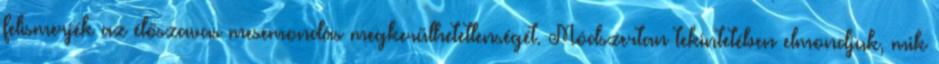
felismerjék az élőszavas mesemondás megkerülhetetlenségét. Módszertan tekintetében elmondjuk, mik